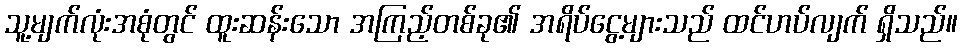
သူ့မျက်လုံးအစုံတွင် ထူးဆန်းသော အကြည့်တစ်ခု၏ အရိပ်ငွေ့များသည် ထင်ဟပ်လျက် ရှိသည်။